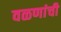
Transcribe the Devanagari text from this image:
वळणांची